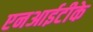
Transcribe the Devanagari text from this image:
एनआईटीके